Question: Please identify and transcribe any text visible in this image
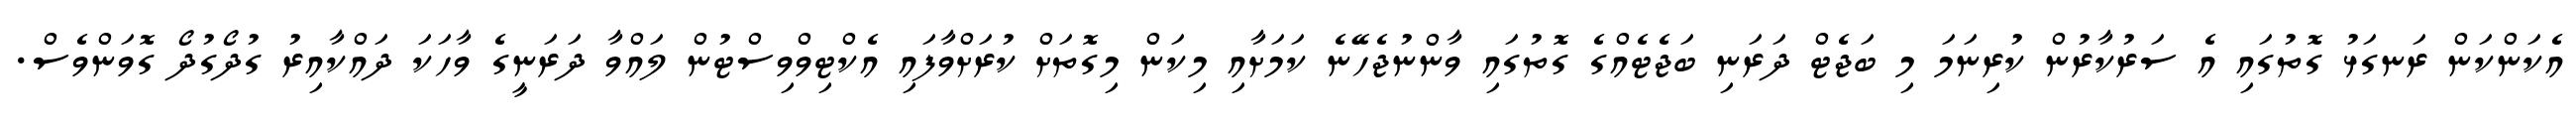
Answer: އެކަންކަން ރަނގަޅު ގޮތުގައި އެ ސަރުކާރުން ކުރިނަމަ މި ބަޖެޓް ދަރަނި ބަޖެޓެއްގެ ގޮތުގައި ވާންނުޖެހޭނެ ކަމަށާއި މިކަން މިގޮތަށް ކުރަށްވާފައި އެކްޓިވްވިސްޓުން ލައްވާ ދަރަނީގެ ވާހަކަ ދައްކާއިރު ގުދޯގުދޯ ގޮވަންވެސް.